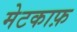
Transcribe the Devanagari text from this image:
मेटकाफ़